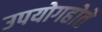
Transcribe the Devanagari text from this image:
उपयोगहोते